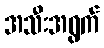
အသီးအရွက်